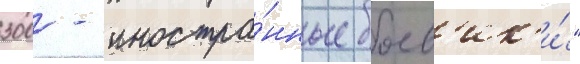
300 - иностра́нные боев'ик'и́"